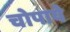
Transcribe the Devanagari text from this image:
चोपाये